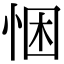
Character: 悃